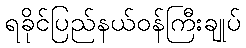
ရခိုင်ပြည်နယ်ဝန်ကြီးချုပ်